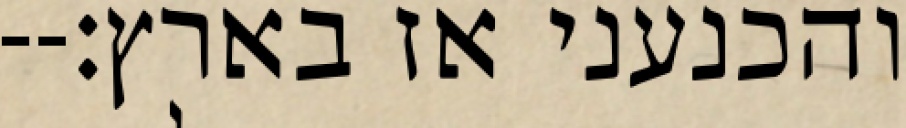
והכנעני אז בארץ׃--